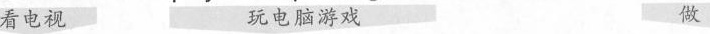
看电视 玩电脑游戏 做